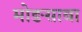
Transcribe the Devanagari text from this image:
मोङसाबा